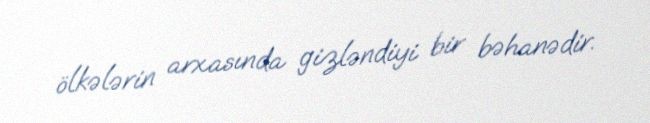
ölkələrin arxasında gizləndiyi bir bəhanədir.